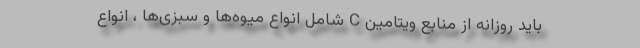
باید روزانه از منابع ویتامین C شامل انواع میوه‌ها و سبزی‌ها ، انواع